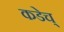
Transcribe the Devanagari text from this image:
कडेच्